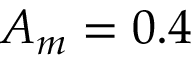
A _ { m } = 0 . 4